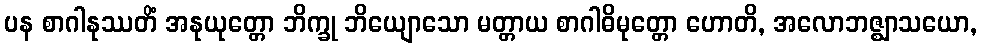
ပန စာဂါနုဿတိံ အနုယုတ္တော ဘိက္ခု ဘိယျောသော မတ္တာယ စာဂါဓိမုတ္တော ဟောတိ, အလောဘဇ္ဈာသယော,